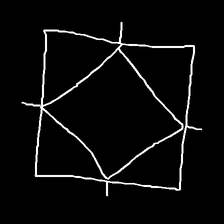
Glyph: light